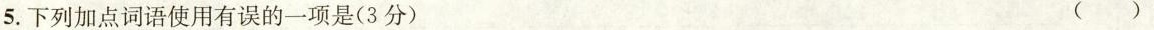
5. 下列加点词语使用有误的一项是(3分) ( )